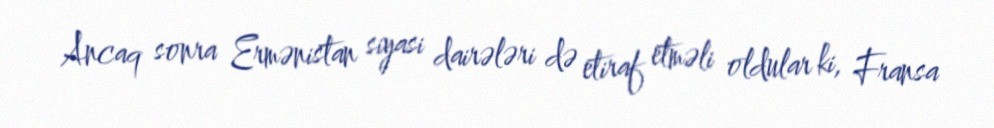
Ancaq sonra Ermənistan siyasi dairələri də etiraf etməli oldular ki, Fransa